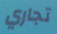
تجاري